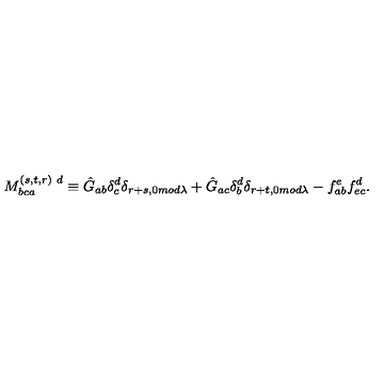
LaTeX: M _ { b c a } ^ { ( s , t , r ) \ d } \equiv \hat { G } _ { a b } \delta _ { c } ^ { d } \delta _ { r + s , 0 m o d \lambda } + \hat { G } _ { a c } \delta _ { b } ^ { d } \delta _ { r + t , 0 m o d \lambda } - f _ { a b } ^ { e } f _ { e c } ^ { d } .